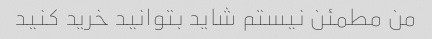
من مطمئن نیستم شاید بتوانید خرید کنید